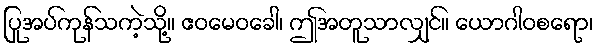
ပြုအပ်ကုန်သကဲ့သို့။ ဧဝမေဝခေါ၊ ဤအတူသာလျှင်။ ယောဂါဝစရော၊